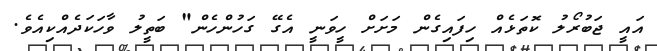
އައީ ޖަބުރޯލު ކޮތަޅެއް ހިފައިގެން މަށަށް ހީވަނީ އެގޭ ގަހުންހެން" ބަތީލު ވާހަކަދެއްކިއެވެ.